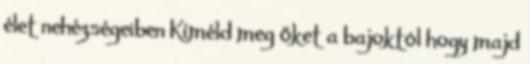
élet nehézségeiben Kíméld meg őket a bajoktól hogy majd